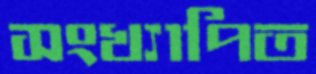
সংখ্যাপিত